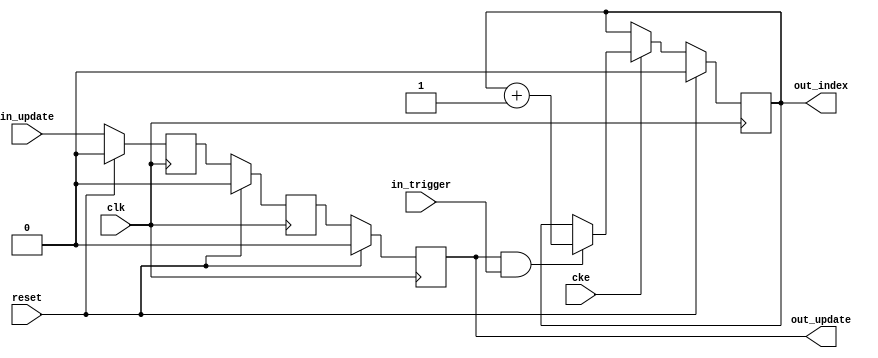
// ---------------------------------------------------------------------------
//  Jelly  -- The platform for real-time computing
//
//                                 Copyright (C) 2008-2020 by Ryuji Fuchikami
//                                 https://github.com/ryuz/jelly.git
// ---------------------------------------------------------------------------



`timescale 1ns / 1ps
`default_nettype none


// ()
module jelly_param_update_slave
        #(
            parameter   INDEX_WIDTH = 1
        )
        (
            input   wire                        reset,
            input   wire                        clk,
            input   wire                        cke,
            
            input   wire                        in_trigger,
            input   wire                        in_update,
            
            output  wire                        out_update,
            output  wire    [INDEX_WIDTH-1:0]   out_index
        );
    
    // parameter latch
    (* ASYNC_REG="true" *)  reg         ff0_update, ff1_update;
                            reg         reg_update;
    always @(posedge clk) begin
        if ( reset ) begin
            ff0_update <= 1'b0;
            ff1_update <= 1'b0;
            reg_update <= 1'b0;
        end
        else begin
            ff0_update <= in_update;
            ff1_update <= ff0_update;
            reg_update <= ff1_update;
        end
    end
    
    reg     [INDEX_WIDTH-1:0]   reg_index;
    always @(posedge clk) begin
        if ( reset ) begin
            reg_index  <= {INDEX_WIDTH{1'b0}};
        end
        else if ( cke ) begin
            if ( reg_update & in_trigger ) begin
                reg_index <= reg_index + 1'b1;
            end
        end
    end
    
    assign out_update = reg_update;
    assign out_index  = reg_index;
    
endmodule


`default_nettype wire


// end of file